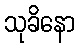
သုခိနော